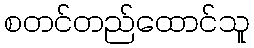
စတင်တည်ထောင်သူ